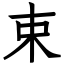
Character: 束